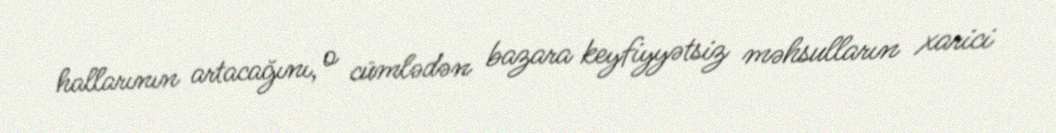
hallarının artacağını, o cümlədən bazara keyfiyyətsiz məhsulların xarici